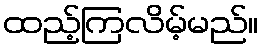
ထည့်ကြလိမ့်မည်။